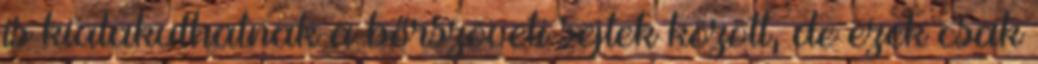
is kialakulhatnak a bőrszöveti sejtek között, de ezek csak